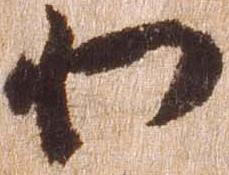
わ